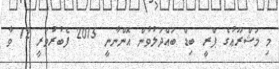
މި މަޝްރޫޢުގެ ޕްރީ ބިޑް ބައްދަލުވުން އޮންނާނީ 2015 ފެބުރުވަރީ 12 ވާ